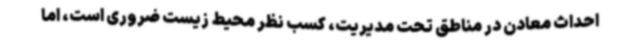
احداث معادن در مناطق تحت مدیریت، کسب نظر محیط زیست ضروری است، اما